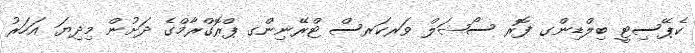
ކެޕޭސިޓީ ބިލްޑިންގ ފޮރ ސޯޝަލް ވަރކަރސް ޓްރޭނިންގ ޕްރޮގްރާމްގެ ދަށުން މިދިޔަ އަހަރު